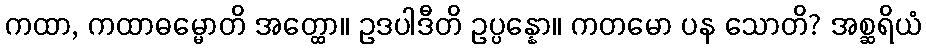
ကထာ, ကထာဓမ္မောတိ အတ္ထော။ ဥဒပါဒီတိ ဥပ္ပန္နော။ ကတမော ပန သောတိ? အစ္ဆရိယံ